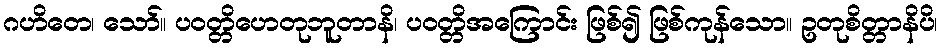
ဂဟိတေ၊ သော်။ ပဝတ္တိဟေတုဘူတာနိ၊ ပဝတ္တိအကြောင်း ဖြစ်၍ ဖြစ်ကုန်သော။ ဥတုစိတ္တာနိပိ၊